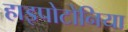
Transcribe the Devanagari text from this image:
हाइपोटोनिया